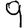
Digit: 9